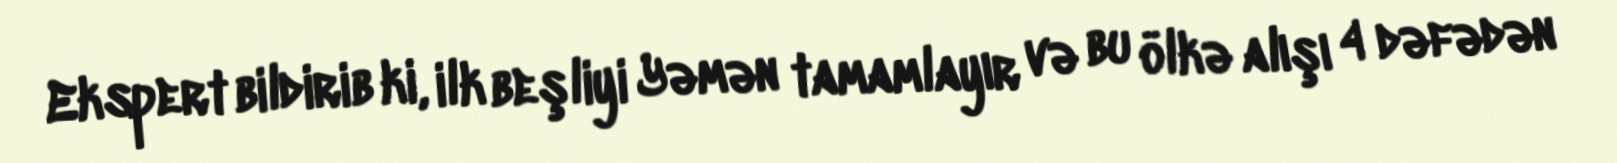
Ekspert bildirib ki, ilk beşliyi Yəmən tamamlayır və bu ölkə alışı 4 dəfədən